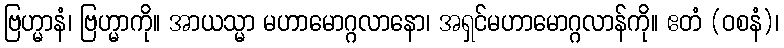
ဗြဟ္မာနံ၊ ဗြဟ္မာကို။ အာယသ္မာ မဟာမောဂ္ဂလာနော၊ အရှင်မဟာမောဂ္ဂလာန်ကို။ ဧတံ (ဝစနံ)၊